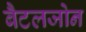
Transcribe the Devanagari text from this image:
बैटलजोन